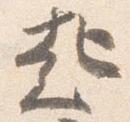
起